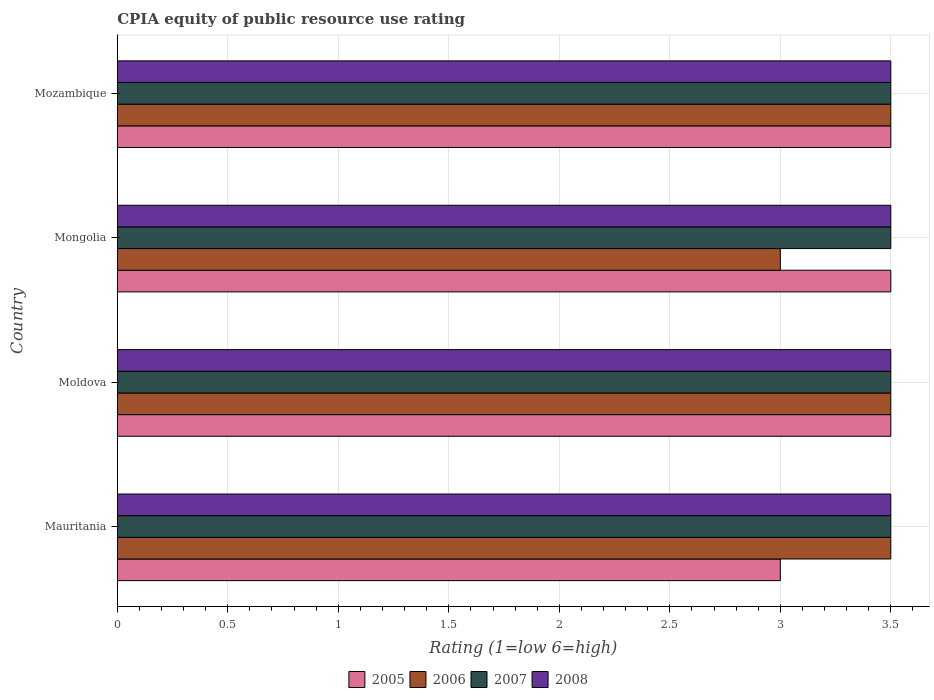
| Country | 2005 | 2006 | 2007 | 2008 |
 | --- | --- | --- | --- | --- |
 | Mauritania | 3 | 3.5 | 3.5 | 3.5 |
 | Moldova | 3.5 | 3.5 | 3.5 | 3.5 |
 | Mongolia | 3.5 | 3 | 3.5 | 3.5 |
 | Mozambique | 3.5 | 3.5 | 3.5 | 3.5 |